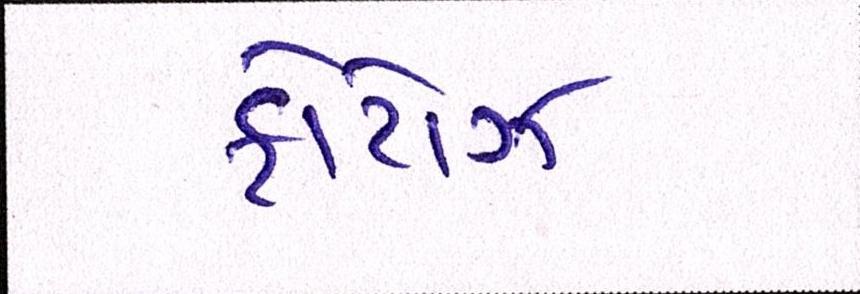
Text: ફોટોઝ